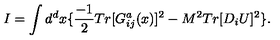
I = \int d ^ { d } x \{ \frac { - 1 } { 2 } T r [ G _ { i j } ^ { a } ( x ) ] ^ { 2 } - M ^ { 2 } T r [ D _ { i } U ] ^ { 2 } \} .